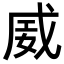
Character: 𪭏